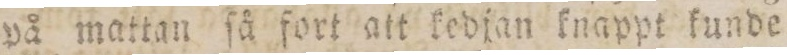
på mattan ſå fort att kedjan knappt kunde